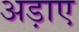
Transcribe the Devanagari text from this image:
अड़ाए